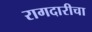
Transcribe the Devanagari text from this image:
रागदारीचा